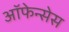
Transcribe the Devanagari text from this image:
ऑफेन्सेस